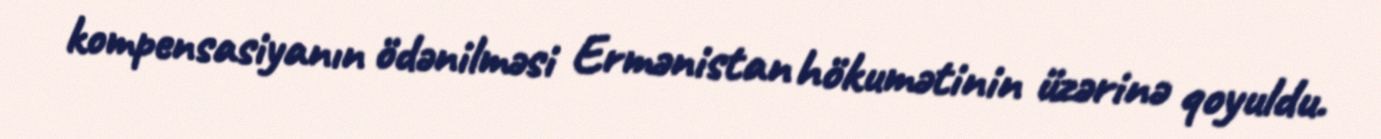
kompensasiyanın ödənilməsi Ermənistan hökumətinin üzərinə qoyuldu.